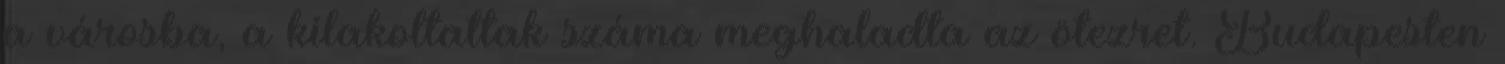
a városba, a kilakoltattak száma meghaladta az ötezret. Budapesten